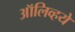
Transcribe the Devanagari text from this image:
ऑलिव्हये